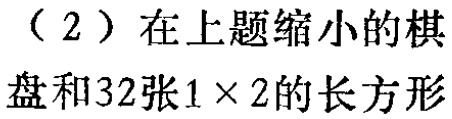
（2）在上题缩小的棋

盘和32张\(1\times 2\)的长方形